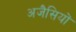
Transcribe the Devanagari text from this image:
अजैसियों